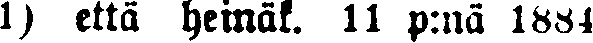
1) että heinäk. 11 p:nä 1884